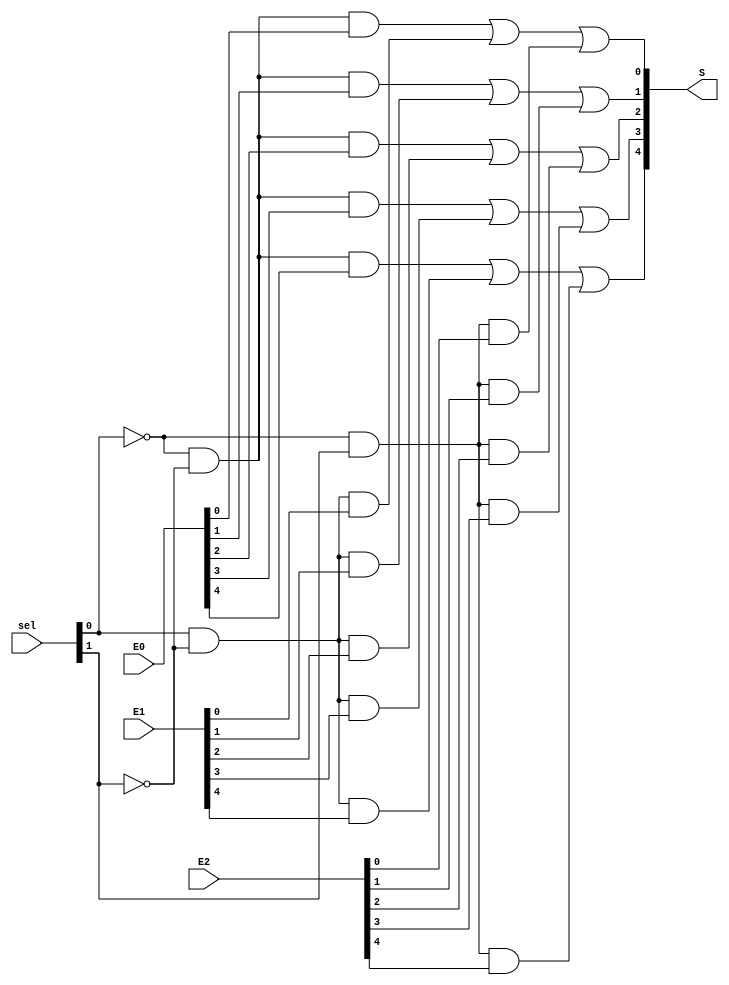
module muxShiftDsc (sel, S, E0, E1, E2);


input [1:0]sel;
input [4:0]E0;
input [4:0]E1;
input [4:0]E2;
output [4:0]S;


assign S[0] = (((~sel[0] & ~sel[1] ) & E0[0]) | ((sel[0] & ~sel[1] ) & E1[0]) | ((~sel[0] & sel[1] ) & E2[0]));
assign S[1] = (((~sel[0] & ~sel[1] ) & E0[1]) | ((sel[0] & ~sel[1] ) & E1[1]) | ((~sel[0] & sel[1] ) & E2[1]));
assign S[2] = (((~sel[0] & ~sel[1] ) & E0[2]) | ((sel[0] & ~sel[1] ) & E1[2]) | ((~sel[0] & sel[1] ) & E2[2]));
assign S[3] = (((~sel[0] & ~sel[1] ) & E0[3]) | ((sel[0] & ~sel[1] ) & E1[3]) | ((~sel[0] & sel[1] ) & E2[3]));
assign S[4] = (((~sel[0] & ~sel[1] ) & E0[4]) | ((sel[0] & ~sel[1] ) & E1[4]) | ((~sel[0] & sel[1] ) & E2[4]));


endmodule